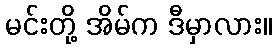
မင်းတို့ အိမ်က ဒီမှာလား။